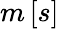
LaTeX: m\left[s\right]